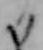
る